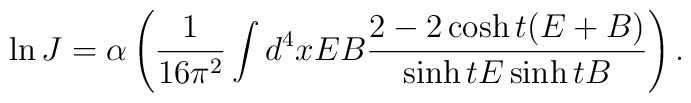
\ln J = \alpha \left(\frac{1}{16\pi^{2}} \int d^{4}x E B     \frac{2 - 2 \cosh t(E + B)}{\sinh t E \sinh t B}  \right) .